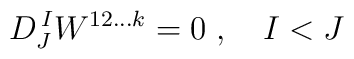
D^{\,I}_J W^{12\ldots k} = 0\;, \quad I<J